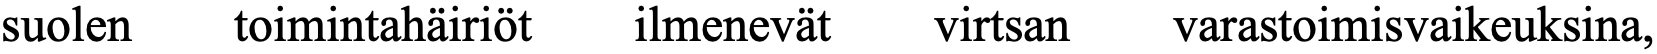
suolen toimintahäiriöt ilmenevät virtsan varastoimisvaikeuksina,